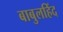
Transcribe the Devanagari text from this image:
बाबुलहिंद